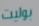
بوليت